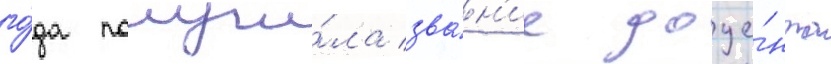
го́да получи́ла зва́н'ие доце́нта